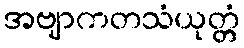
အဗျာကတသံယုတ္တံ